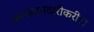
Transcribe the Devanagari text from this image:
कारखानदारीकरीता